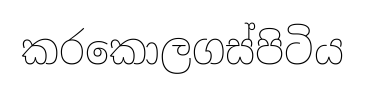
කරකොලගස්පිටිය